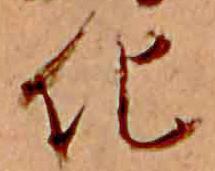
化